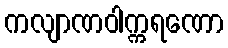
ကလျာဏဝါက္ကရဏော